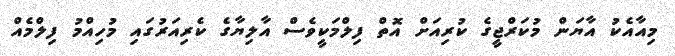
މިއާއެކު އާޔަން މުކަރްޖީގެ ކުރިއަށް އޮތް ފިލްމަކީވެސް އާލިޔާގެ ކެރިއަރުގައި މުހިއްމު ފިލްމެއް